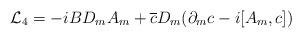
LaTeX: \begin{align*}{\cal L}_4 = -iB D_m A_m+ \overline c D_m (\partial_m c -i[A_m,c])\end{align*}